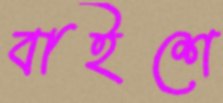
বাইশে